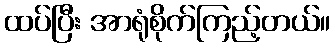
ထပ်ပြီး အာရုံစိုက်ကြည့်တယ်။